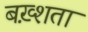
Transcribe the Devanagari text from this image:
बख़्शता